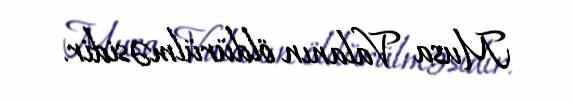
Musa Valanın öldürülməsidir.